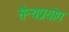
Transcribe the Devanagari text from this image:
सैन्यप्रयोग